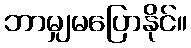
ဘာမျှမပြောနိုင်။